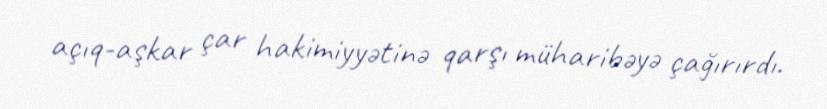
açıq-aşkar çar hakimiyyətinə qarşı müharibəyə çağırırdı.